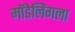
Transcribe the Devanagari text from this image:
मॉडेलिंगला